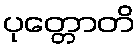
ပုတ္တောတိ